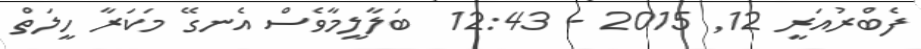
ފެބްރުއަރީ 12